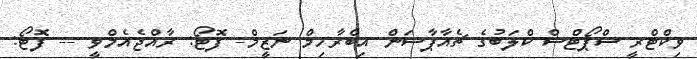
ވިކްޓްރީ ސްޕޯޓްސް ކްލަބުގެ ޗެއާޕާސަން އިބްރާހިމް ނަޒީމް- ފޮޓޯ: ރާއްޖެއެމްވީ -- ފޮޓޯ: